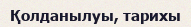
Қолданылуы, тарихы